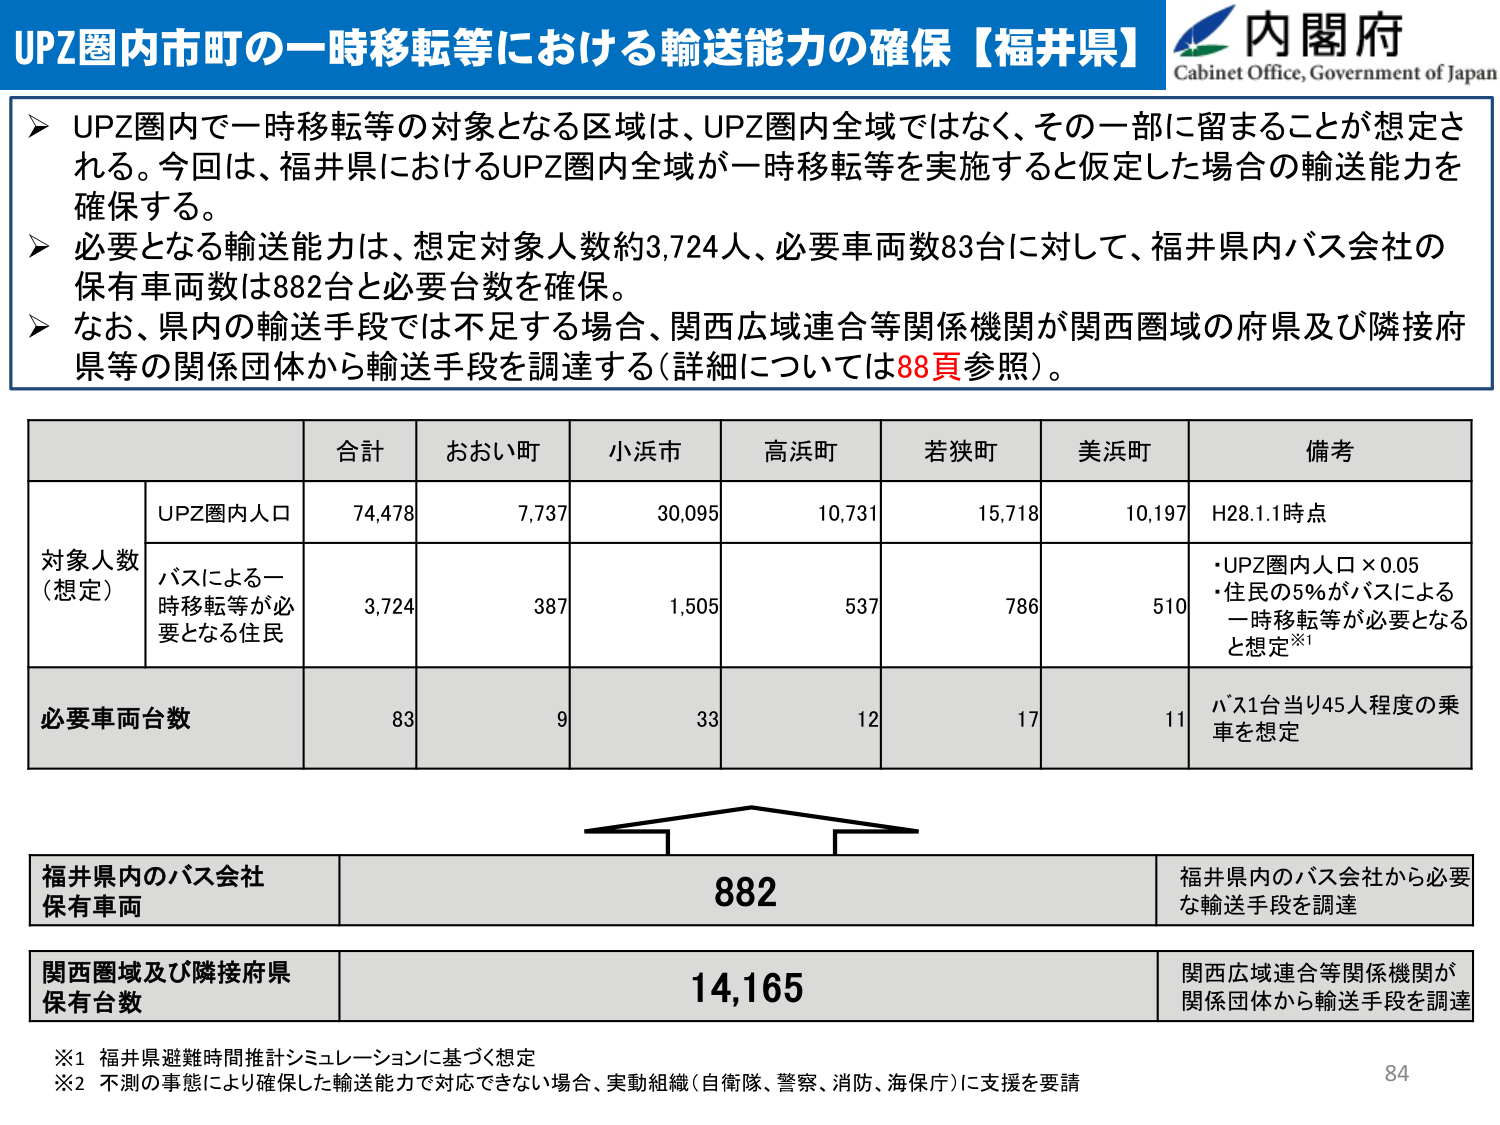
UPZ圏内市町の一時移転等における輸送能力の確保【福井県】
内閣府
Cabinet Office, Government of Japan

➤ UPZ圏内で一時移転等の対象となる区域は、UPZ圏内全域ではなく、その一部に留まることが想定される。今回は、福井県におけるUPZ圏内全域が一時移転等を実施すると仮定した場合の輸送能力を確保する。
➤ 必要となる輸送能力は、想定対象人数約3,724人、必要車両数83台に対して、福井県内バス会社の保有車両数は882台と必要台数を確保。
➤ なお、県内の輸送手段では不足する場合、関西広域連合等関係機関が関西圏域の府県及び隣接府県等の関係団体から輸送手段を調達する（詳細については88頁参照）。

合計 おおい町 小浜市 高浜町 若狭町 美浜町 備考
対象人数（想定） UPZ圏内人口 74,478 7,737 30,095 10,731 15,718 10,197 H28.1.1時点
バスによる一時移転等が必要となる住民 3,724 387 1,505 537 786 510 ・UPZ圏内人口×0.05
・住民の5％がバスによる一時移転等が必要となると想定※1
必要車両台数 83 9 33 12 17 11 バス1台当り45人程度の乗車を想定

福井県内のバス会社保有車両 882 福井県内のバス会社から必要な輸送手段を調達
関西圏域及び隣接府県保有台数 14,165 関西広域連合等関係機関が関係団体から輸送手段を調達

※1 福井県避難時間推計シミュレーションに基づく想定
※2 不測の事態により確保した輸送能力で対応できない場合、実動組織（自衛隊、警察、消防、海保庁）に支援を要請
84